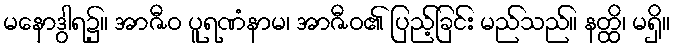
မနောဒွါရ၌။ အာဇီဝ ပူရဏံနာမ၊ အာဇီဝ၏ ပြည့်ခြင်း မည်သည်။ နတ္ထိ၊ မရှိ။